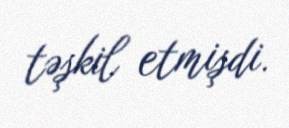
təşkil etmişdi.